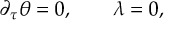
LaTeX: \Pi _ { \mathrm { u c } } ^ { ( 1 ) } ( Q ) = \frac { e _ { 4 } ^ { 2 } } { 2 \pi ^ { 2 } } \left( - \frac { 3 \pi ^ { 2 } Q } { 6 4 M _ { c } } + \frac { \sqrt { \pi } Q ^ { 2 } } { 1 5 M _ { c } \Lambda } + \frac { \sqrt { \pi } \Lambda } { 3 M _ { c } } \right) \, ~ ,